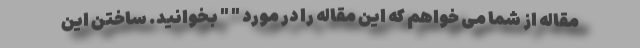
مقاله از شما می خواهم که این مقاله را در مورد " " بخوانید. ساختن این